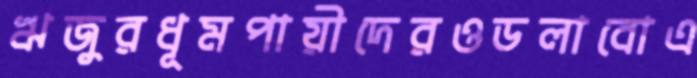
ঋজুরধূমপায়ীদেরওডলাবোএ